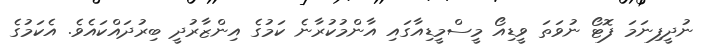
ނުދީފިނަމަ ފޮޓޯ ނުވަތަ ވީޑިއޯ މީސްމީޑިއާގައި އާންމުކުރާނެ ކަމުގެ އިންޒާރުދީ ބިރުދައްކައެވެ. އެކަމުގެ